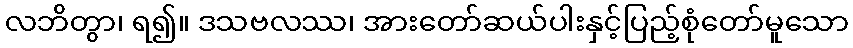
လဘိတွာ၊ ရ၍။ ဒသဗလဿ၊ အားတော်ဆယ်ပါးနှင့်ပြည့်စုံတော်မူသော